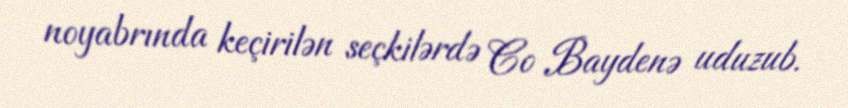
noyabrında keçirilən seçkilərdə Co Baydenə uduzub.